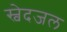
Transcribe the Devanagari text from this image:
स्वेदजल